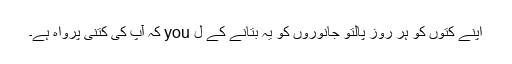
اپنے کتوں کو ہر روز پالتو جانوروں کو یہ بتانے کے ل you کہ آپ کی کتنی پرواہ ہے۔